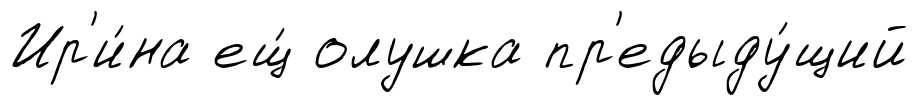
Ир'и́на ещ́ олушка пр'едыду́щий